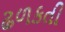
ઢળકતી